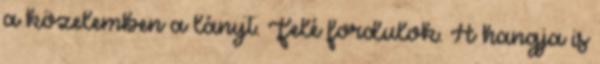
a közelemben a lányt. Felé fordulok. A hangja is